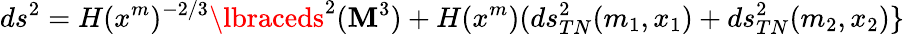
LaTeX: ds^{2}=H(x^{m})^{-2/3}\lbraceds^{2}(\mathbf{M}^{3})+H(x^{m})(ds_{TN}^{2}(m_{1},x_{1})+ds_{TN}^{2}(m_{2},x_{2})\rbrace